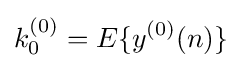
k_{0}^{(0)}=E\{y^{(0)}(n)\}